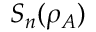
S _ { n } ( \rho _ { A } )